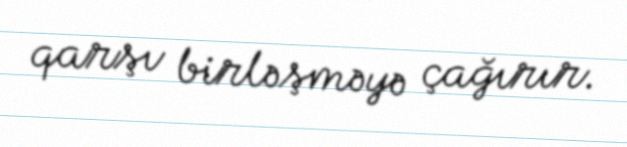
qarşı birləşməyə çağırır.